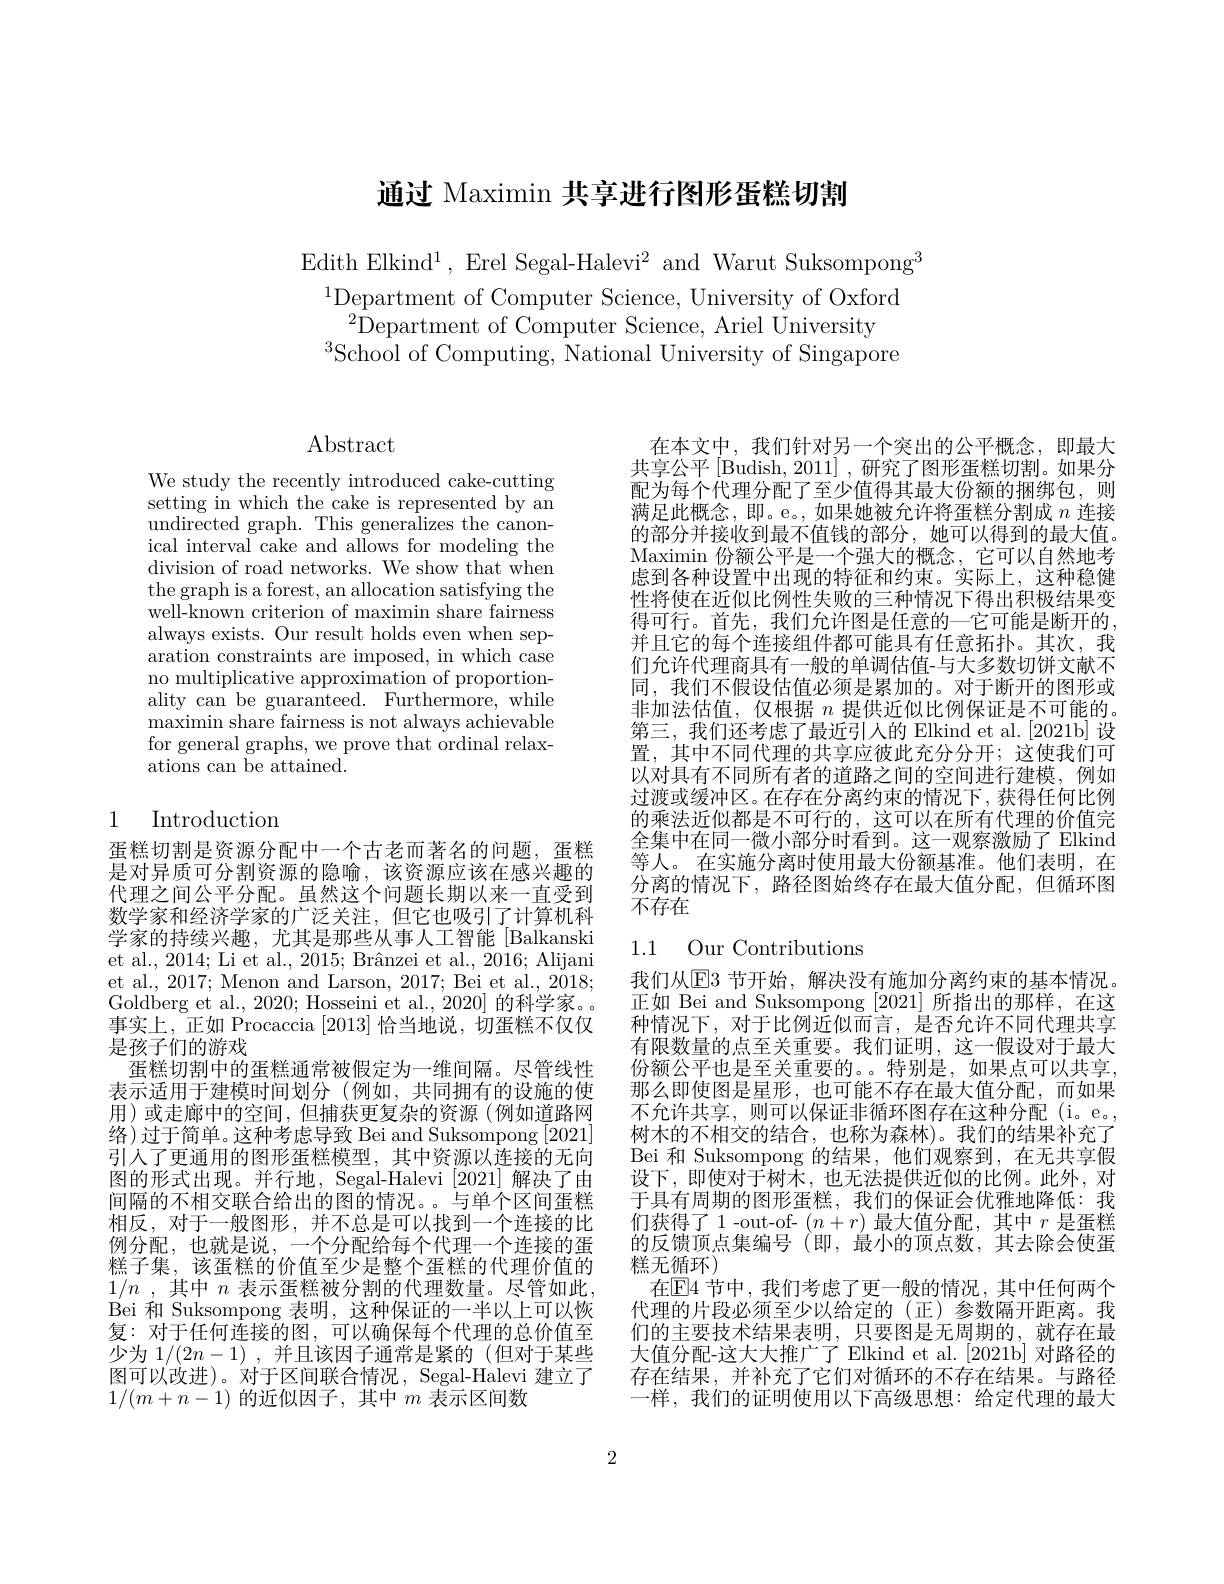
# 通过 Maximin 共享进行图形蛋糕切割

Edith Elkind$^1$,Erel Segal-Halevi$^2$ and Warut Suksompong$^3$
$^{1}$Department of Computer Science, University of Oxford
$^{2}\tilde{\text{Department of Computer Science, Ariel University}}$
$^{3}\bar{\mathrm{School~of~Computing,~National~University~of~Singapore}}$

Abstract

We study the recently introduced cake-cutting setting in which the cake is represented by an undirected graph. This generalizes the canonical interval cake and allows for modeling the division of road networks. We show that when the graph is a forest, an allocation satisfying the well-known criterion of maximin share fairness always exists. Our result holds even when separation constraints are imposed, in which case no multiplicative approximation of proportionality can be guaranteed. Furthermore, while maximin share fairness is not always achievable for general graphs, we prove that ordinal relaxations can be attained.

# 1 Introduction

蛋糕切割是资源分配中一个古老而著名的问题，蛋糕是对异质可分割资源的隐喻，该资源应该在感兴趣的代理之间公平分配。虽然这个问题长期以来一直受到数学家和经济学家的广泛关注，但它也吸引了计算机科学家的持续兴趣，尤其是那些从事人工智能[Balkanski et al., 2014; Li et al., 2015; Brânzei et al., 2016; Alijani et al., 2017; Menon and Larson, 2017; Bei et al., 2018; Goldberg et al., 2020; Hosseini et al., 2020] 的科学家。事实上，正如 Procaccia [2013]恰当地说，切蛋糕不仅仅是孩子们的游戏
蛋糕切割中的蛋糕通常被假定为一维间隔。尽管线性表示适用于建模时间划分(例如，共同拥有的设施的使用)或走廊中的空间，但捕获更复杂的资源(例如道路网络 ) 过 于 简 单 。这 种 考 虑 导 致 Bei and Suksompong [ 2021] 引入了更通用的图形蛋糕模型，其中资源以连接的无向图的形式出现。并行地，Segal-Halevi $\left\lfloor2021\right\rfloor$解决了由间隔的不相交联合给出的图的情况。与单个区间蛋糕相反，对于一般图形，并不总是可以找到一个连接的比例分配，也就是说，一个分配给每个代理一个连接的蛋糕子集，该蛋糕的价值至少是整个蛋糕的代理价值的$1/n$ ,其中$n$表示蛋糕被分割的代理数量。尽管如此， Bei 和 Suksompong 表明，这种保证的一半以上可以恢复：对于任何连接的图，可以确保每个代理的总价值至少为$1/ ( 2n- 1)$ ,并且该因子通常是紧的(但对于某些图可以改进)。对于区间联合情况，Segal-Halevi 建立了$1/(m+n-1)$的近似因子，其中$m$表示区间数

在本文中，我们针对另一个突出的公平概念，即最大共享公平[Budish,2011] ,研究了图形蛋糕切割。如果分配为每个代理分配了至少值得其最大份额的捆绑包，则满足此概念，即。e。,如果她被允许将蛋糕分割成$n$连接的部分并接收到最不值钱的部分，她可以得到的最大值。Maximin 份额公平是一个强大的概念，它可以自然地考虑到各种设置中出现的特征和约束。实际上，这种稳健性将使在近似比例性失败的三种情况下得出积极结果变得可行。首先，我们允许图是任意的一它可能是断开的并且它的每个连接组件都可能具有任意拓扑。其次，我们允许代理商具有一般的单调估值-与大多数切饼文献不同，我们不假设估值必须是累加的。对于断开的图形或非加法估值，仅根据$n$提供近似比例保证是不可能的。第三，我们还考虑了最近引人的 Elkind et al.[2021b] 设置，其中不同代理的共享应彼此充分分开；这使我们可以对具有不同所有者的道路之间的空间进行建模，例如过渡或缓冲区。在存在分离约束的情况下，获得任何比例的乘法近似都是不可行的，这可以在所有代理的价值完全集中在同一微小部分时看到。这一观察激励了 Elkind 等人。在实施分离时使用最大份额基准。他们表明，在分离的情况下，路径图始终存在最大值分配，但循环图不存在

## 1.1 Our Contributions

我们从$\overline{\mathrm{E}}$3 节开始，解决没有施加分离约束的基本情况。正如 Bei and Suksompong [2021]所指出的那样，在这种情况下，对于比例近似而言，是否允许不同代理共享有限数量的点至关重要。我们证明，这一假设对于最大份额公平也是至关重要的。。特别是，如果点可以共享， 那么即使图是星形，也可能不存在最大值分配，而如果不允许共享，则可以保证非循环图存在这种分配(i。e。, 树木的不相交的结合，也称为森林)。我们的结果补充了Bei 和 Suksompong 的结果，他们观察到，在无共享假设下，即使对于树木，也无法提供近似的比例。此外，对于具有周期的图形蛋糕，我们的保证会优雅地降低：我们获得了1-out-of- $(n+r)$最大值分配，其中$r$是蛋糕的反馈顶点集编号(即，最小的顶点数，其去除会使蛋糕无循环)
在$\mathbb{E}$4 节中，我们考虑了更一般的情况，其中任何两个代理的片段必须至少以给定的(正)参数隔开距离。我们的主要技术结果表明，只要图是无周期的，就存在最大值分配-这大大推广了 Elkind et al.[2021b] 对路径的存在结果，并补充了它们对循环的不存在结果。与路径一样，我们的证明使用以下高级思想：给定代理的最大

2